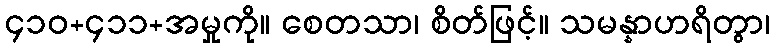
၄၁၀+၄၁၁+အမှုကို။ စေတသာ၊ စိတ်ဖြင့်။ သမန္နာဟရိတွာ၊